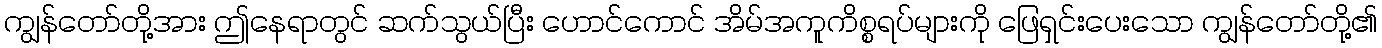
ကျွန်တော်တို့အား ဤနေရာတွင် ဆက်သွယ်ပြီး ဟောင်ကောင် အိမ်အကူကိစ္စရပ်များကို ဖြေရှင်းပေးသော ကျွန်တော်တို့၏